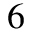
6